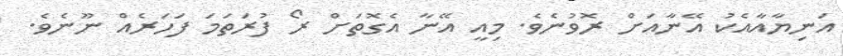
އަނިޔާއާއެކު އޭނާއަށް ރޮވުނެވެ. މިއީ އޭނާ އެގޮތަށް ރޯ ފުރަތަމަ ފަހަރެއް ނޫނެވެ.